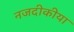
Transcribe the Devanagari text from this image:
नजदीकीया